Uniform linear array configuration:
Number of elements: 16
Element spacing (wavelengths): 0.75
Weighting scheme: blackman
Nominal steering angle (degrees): -15
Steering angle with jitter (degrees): -16.371
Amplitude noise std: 0.05
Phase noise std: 0.05

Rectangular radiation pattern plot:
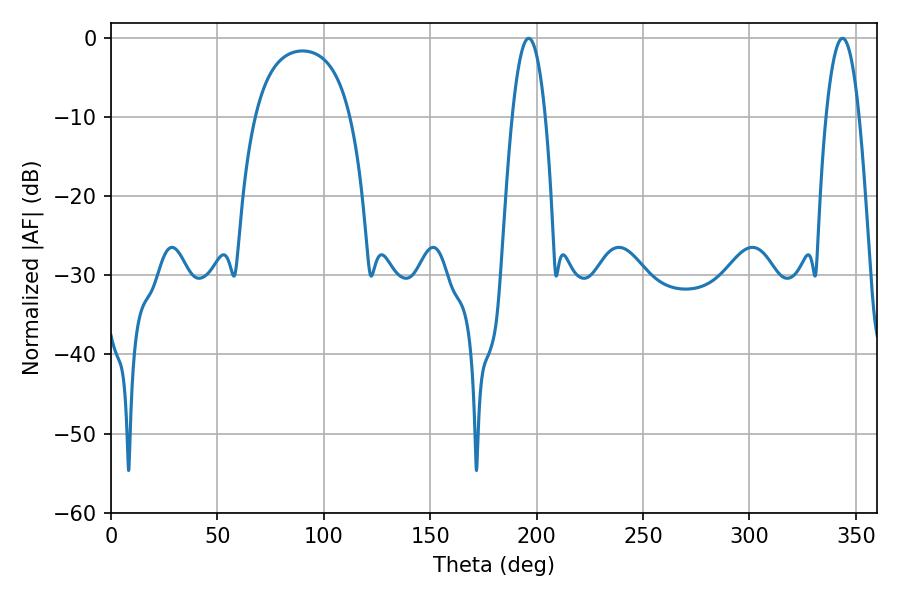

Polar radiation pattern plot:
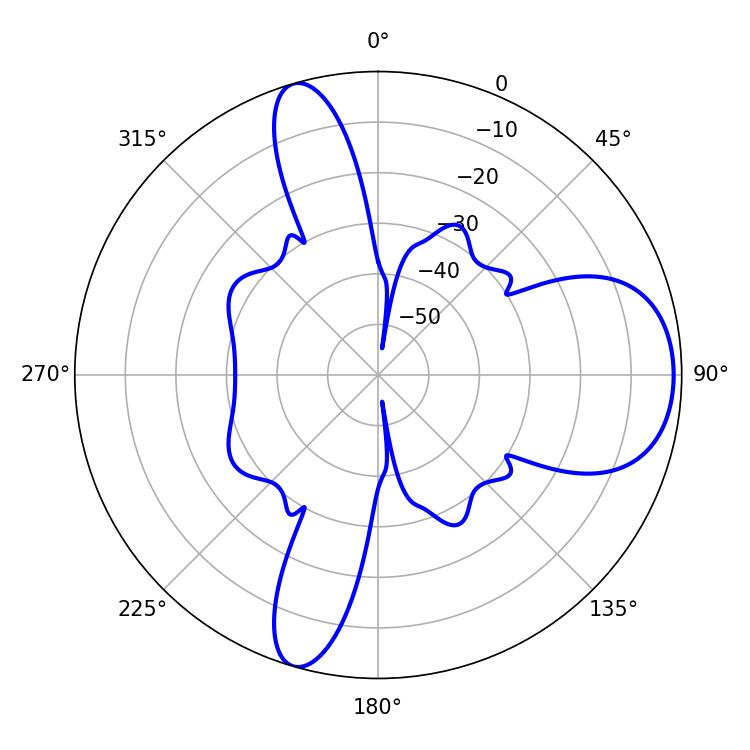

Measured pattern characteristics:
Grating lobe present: TRUE
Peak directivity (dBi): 8.666
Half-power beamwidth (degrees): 8.46
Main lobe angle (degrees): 196.2